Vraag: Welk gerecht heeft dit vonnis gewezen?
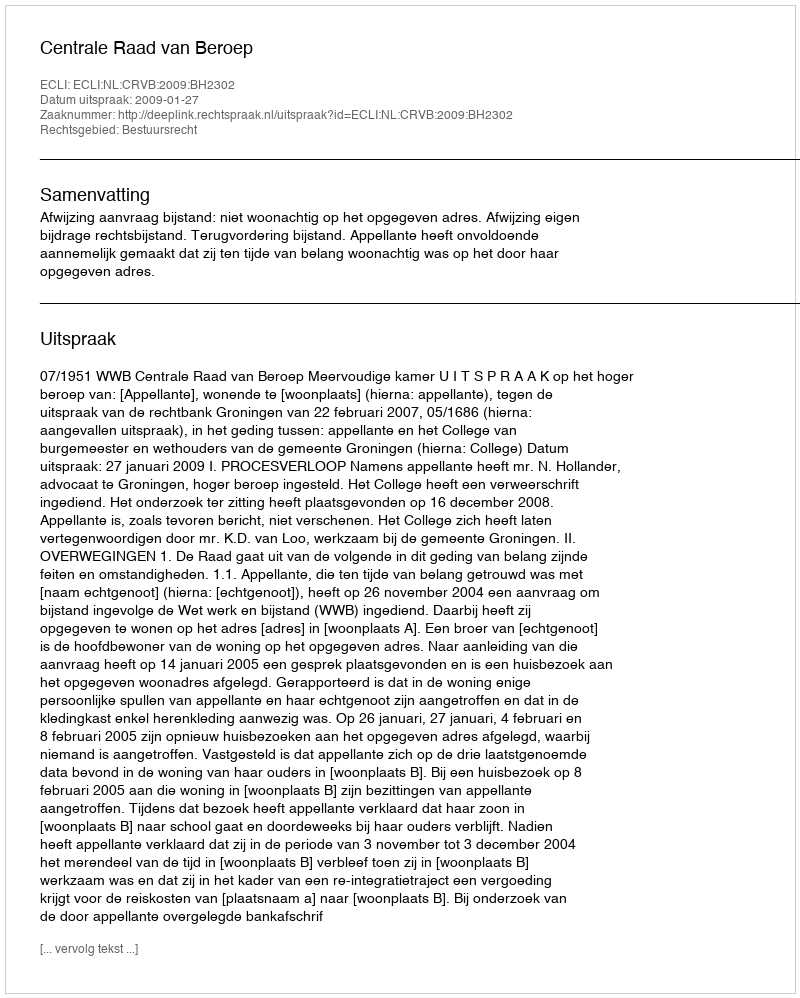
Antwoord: Centrale Raad van Beroep